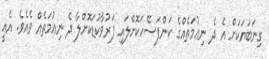
ގިނަބަޔަކަށް އެ ދެ ނިޢުމަތެއްގެ ކަންފަސޭހަކޮށްލައި ފަރުވާކުޑަކޮށްލާ ދެ ނިޢުމަތެއް ވެއެވެ. އެއީ